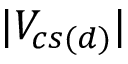
| V _ { c s ( d ) } |